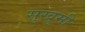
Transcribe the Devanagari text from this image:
सुखुमी